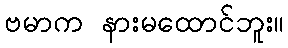
ဗမာက နားမထောင်ဘူး။